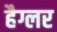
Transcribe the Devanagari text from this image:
हैग्लर